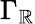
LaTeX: \Gamma_{\mathbb{R}}